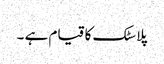
پلاسٹک کا قیام ہے ۔